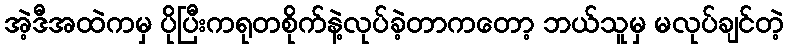
အဲ့ဒီအထဲကမှ ပိုပြီးကရုတစိုက်နဲ့လုပ်ခဲ့တာကတော့ ဘယ်သူမှ မလုပ်ချင်တဲ့